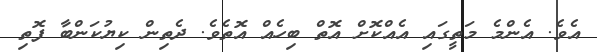
އެވެ. އެންމެ މަތީގައި އެއްކޮށް އޮތް ބިހެއް އޮތެވެ. ދެތިން ކިޔުކަންބާ ފޮތި